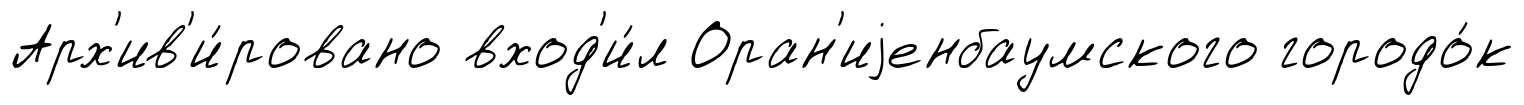
Арх'ив'и́ровано вход'и́л Оран'иjенбаумского городо́к